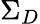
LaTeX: \Sigma_{D}